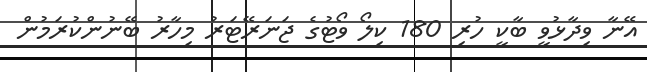
އޭނާ ވިދާޅުވީ ބާކީ ހުރި 180 ކިލޯ ވޯޓުގެ ޖަނަރޭޓަރު މިހާރު ބޭނުންކުރަމުން